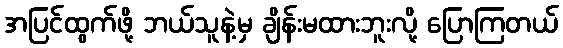
အပြင်ထွက်ဖို့ ဘယ်သူနဲ့မှ ချိန်းမထားဘူးလို့ ပြောကြတယ်